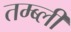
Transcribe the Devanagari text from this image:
तम्ब्ली